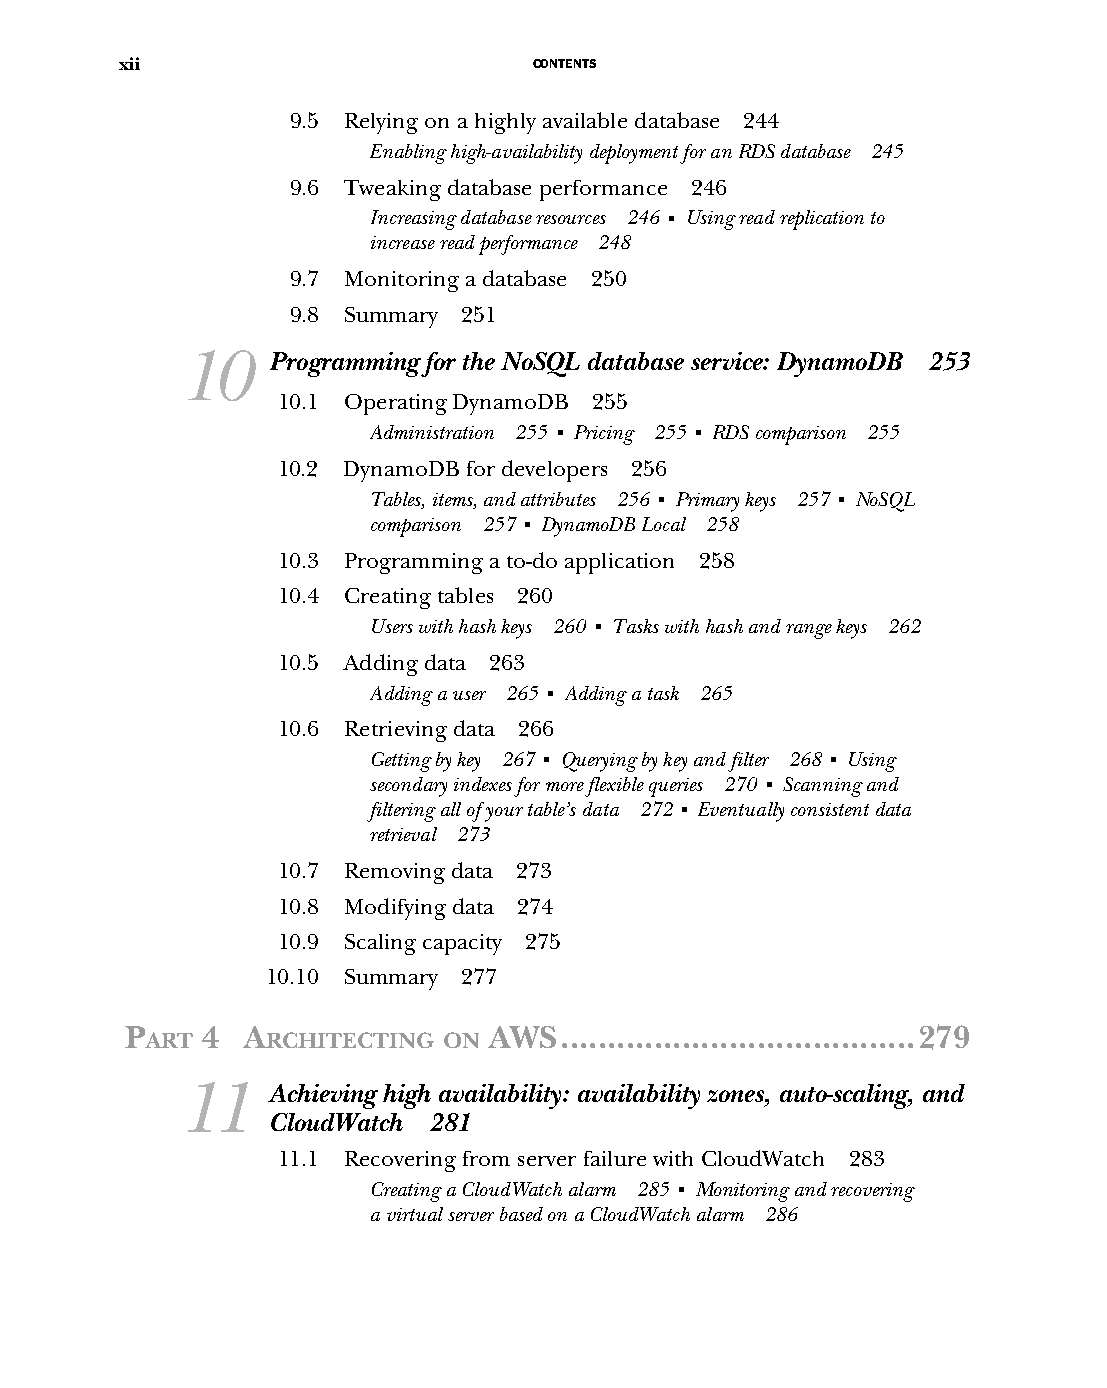
xii                        CONTENTS
 9.5 Relying on a highly available database 244
 Enabling high-availability deployment for an RDS database 245
 9.6 Tweaking database performance 246
 Increasing database resources 246 ■ Using read replication to
 increase read performance 248
 9.7 Monitoring a database 250
 9.8 Summary 251
 10    Programming for the NoSQL database service: DynamoDB 253
 10.1 Operating DynamoDB 255
 Administration 255 ■ Pricing 255 ■ RDS comparison 255
 10.2 DynamoDB for developers 256
 Tables, items, and attributes 256 ■ Primary keys 257 ■ NoSQL
 comparison 257 ■ DynamoDB Local 258
 10.3 Programming a to-do application 258
 10.4 Creating tables 260
 Users with hash keys 260 ■ Tasks with hash and range keys 262
 10.5 Adding data 263
 Adding a user 265 ■ Adding a task 265
 10.6 Retrieving data 266
 Getting by key 267 ■ Querying by key and filter 268 ■ Using
 secondary indexes for more flexible queries 270 ■ Scanning and
 filtering all of your table’s data 272 ■ Eventually consistent data
 retrieval 273
 10.7 Removing data 273
 10.8 Modifying data 274
 10.9 Scaling capacity 275
 10.10 Summary 277
 P    4  A               AWS......................................279
 ART     RCHITECTING ON
 11    Achieving high availability: availability zones, auto-scaling, and
 CloudWatch 281
 11.1 Recovering from server failure with CloudWatch 283
 Creating a CloudWatch alarm 285 ■ Monitoring and recovering
 a virtual server based on a CloudWatch alarm 286